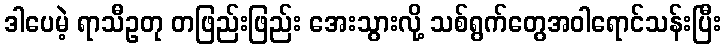
ဒါပေမဲ့ ရာသီဥတု တဖြည်းဖြည်း အေးသွားလို့ သစ်ရွက်တွေအဝါရောင်သန်းပြီး